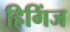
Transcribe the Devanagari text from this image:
हिगिंज